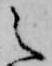
之